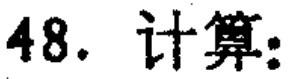
48. 计算：